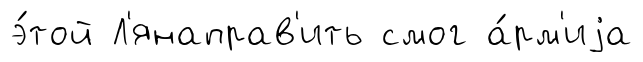
э́той Л'янаправ'ить смог а́рм'иjа